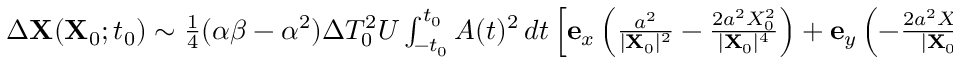
\begin{array} { r } { \Delta \mathbf { X } ( \mathbf { X } _ { 0 } ; t _ { 0 } ) \sim \frac { 1 } { 4 } ( \alpha \beta - \alpha ^ { 2 } ) \Delta T _ { 0 } ^ { 2 } U \int _ { - t _ { 0 } } ^ { t _ { 0 } } A ( t ) ^ { 2 } \, d t \left[ \mathbf { e } _ { x } \left( \frac { a ^ { 2 } } { \vert \mathbf { X } _ { 0 } \vert ^ { 2 } } - \frac { 2 a ^ { 2 } X _ { 0 } ^ { 2 } } { \vert \mathbf { X } _ { 0 } \vert ^ { 4 } } \right) + \mathbf { e } _ { y } \left( - \frac { 2 a ^ { 2 } X _ { 0 } Y _ { 0 } } { \vert \mathbf { X } _ { 0 } \vert ^ { 4 } } \right) \right] , } \end{array}